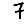
Digit: 7